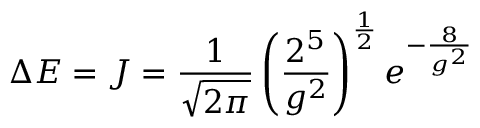
\Delta { \cal E } = J = \frac { 1 } { \sqrt { 2 \pi } } \left( \frac { 2 ^ { 5 } } { g ^ { 2 } } \right) ^ { \frac 1 2 } e ^ { - \frac { 8 } { g ^ { 2 } } }